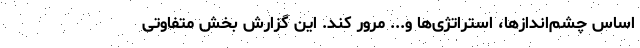
اساس چشم‌اندازها، استراتژی‌ها و... مرور کند. این گزارش بخش متفاوتی